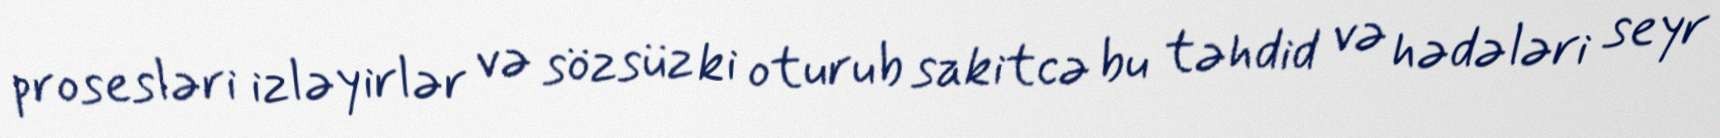
prosesləri izləyirlər və sözsüz ki oturub sakitcə bu təhdid və hədələri seyr